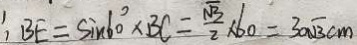
: B E = \sin 6 0 ^ { \circ } \times B C = \frac { \sqrt { 3 } } { 2 } \times 6 0 = 3 0 \sqrt { 3 } c m